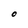
Character: O